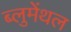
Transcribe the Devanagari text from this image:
ब्लुमेंथल